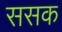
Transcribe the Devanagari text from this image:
ससक